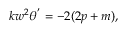
\begin{array} { r } { k w ^ { 2 } \theta ^ { ' } = - 2 ( 2 p + m ) , } \end{array}